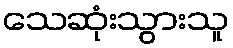
သေဆုံးသွားသူ